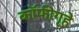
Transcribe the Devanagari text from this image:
कॉफीगृहे